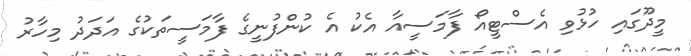
މީދޫގައި ހުޅުވި އެސްޓީއޯ ފާމަސީއާ އެކު އެ ކުންފުނީގެ ފާމަސީތަކުގެ އަދަދު މިހާރު